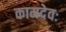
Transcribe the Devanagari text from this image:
कामदेवः